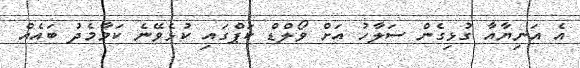
އެ އަނިޔާއާ ގުޅިގެން ސަލާހު އަށް ވޯލްޑް ކަޕްގައި ކުޅެވޭނެ ކަމާމެދު ބައެއް